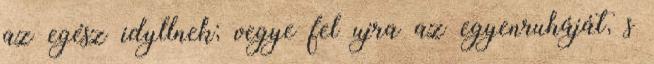
az egész idyllnek; vegye fel ujra az egyenruháját, s